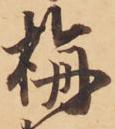
栴